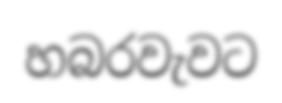
හබරවැවට